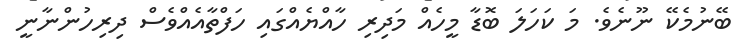
ބޭނުމެކޭ ނޫނެވެ. މަ ކަހަލަ ބޮޑާ މީހެއް މަދިރި ހާއްޔެއްގައި ހަފްތާއެއްވެސް ދިރިހުންނާނީ